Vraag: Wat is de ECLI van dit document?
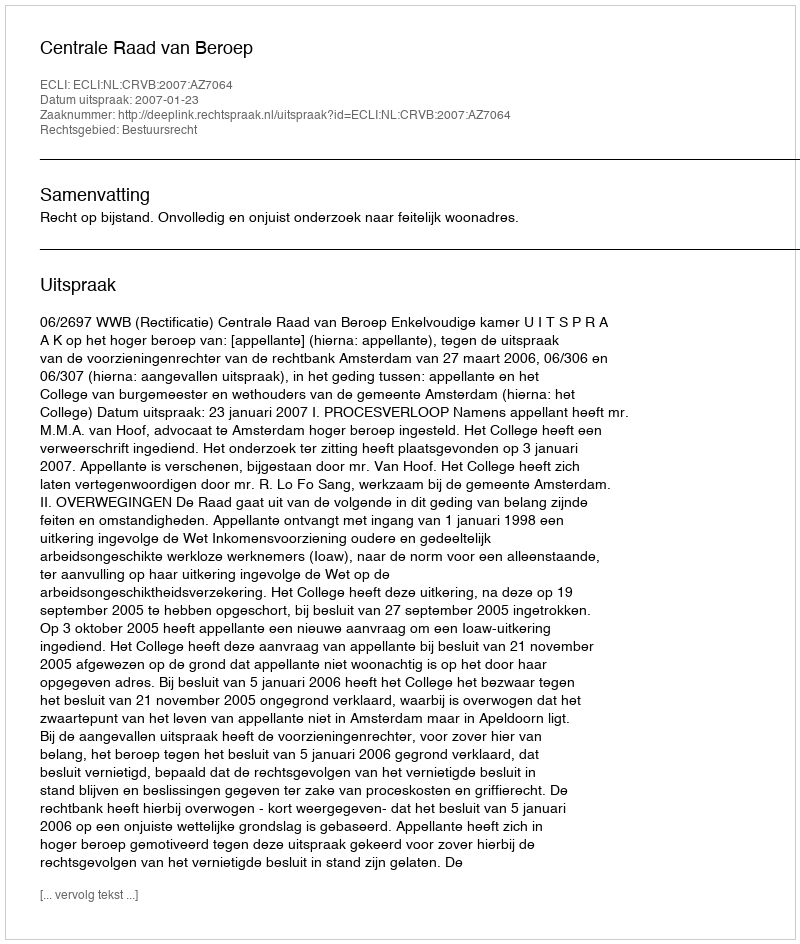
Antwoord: ECLI:NL:CRVB:2007:AZ7064